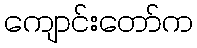
ကျောင်းတော်က